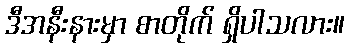
ဒီအနီးနားမှာ စာတိုက် ရှိပါသလား။